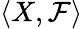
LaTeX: \langle X,{\mathcal{F}}\rangle